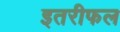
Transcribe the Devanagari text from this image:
इतरीफल